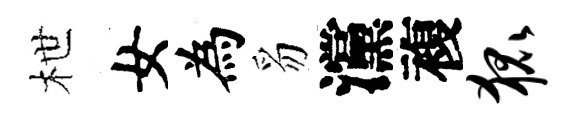
枻女為豸灙複狐